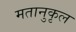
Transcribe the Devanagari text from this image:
मतानुकृल